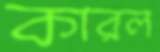
কারল